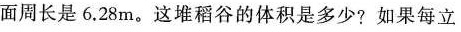
面周长是6.28m。这堆稻谷的体积是多少?如果每立